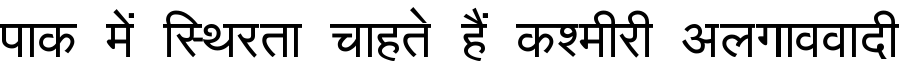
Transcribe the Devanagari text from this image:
पाक में स्थिरता चाहते हैं कश्मीरी अलगाववादी